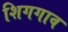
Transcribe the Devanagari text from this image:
शिगगाव